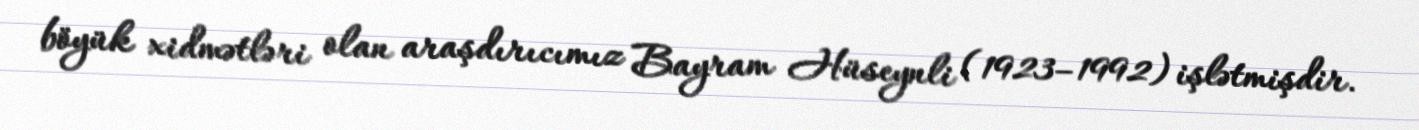
böyük xidmətləri olan araşdırıcımız Bayram Hüseynli (1923–1992) işlətmişdir.